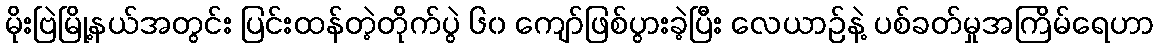
မိုးဗြဲမြို့နယ်အတွင်း ပြင်းထန်တဲ့တိုက်ပွဲ ၆၀ ကျော်ဖြစ်ပွားခဲ့ပြီး လေယာဉ်နဲ့ ပစ်ခတ်မှုအကြိမ်ရေဟာ